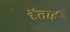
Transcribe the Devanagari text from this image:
हेंताई